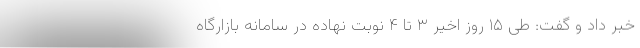
خبر داد و گفت: طی ۱۵ روز اخیر ۳ تا ۴ نوبت نهاده در سامانه بازارگاه